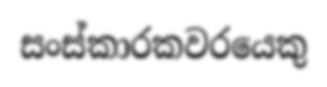
සංස්කාරකවරයෙකු